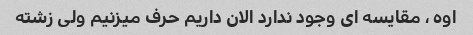
اوه ، مقایسه ای وجود ندارد الان داریم حرف میزنیم ولی زشته